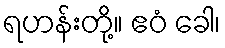
ရဟန်းတို့။ ဧဝံ ခေါ၊